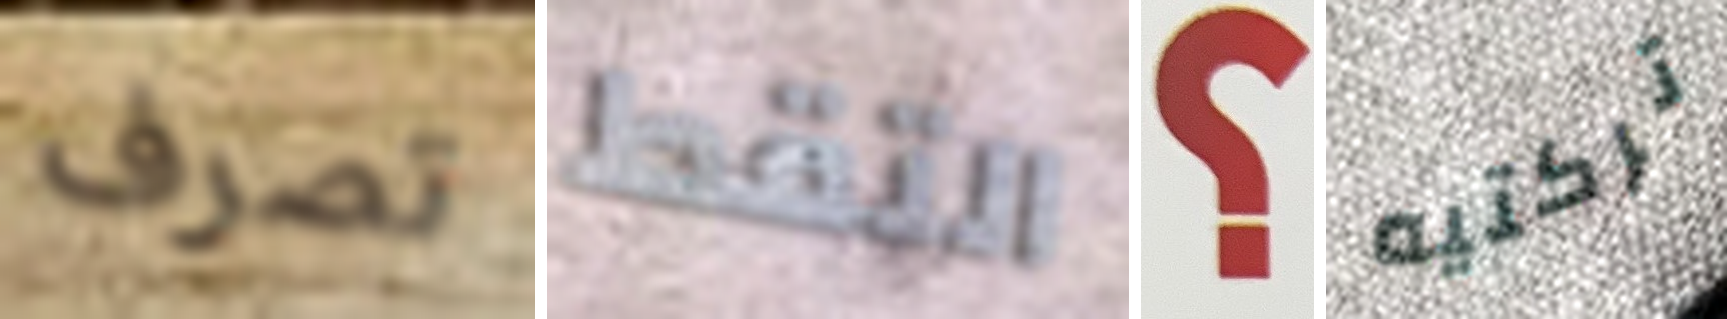
تصرف التقط ؟ تركتيه